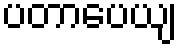
ပတာပေယျ